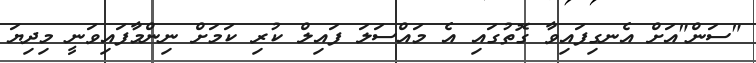
"ސަން"އަށް އެނގިފައިވާ ގޮތުގައި އެ މައްސަލަ ފައިލް ކުރި ކަމަށް ނިންމާފައިވަނީ މިިދިޔަ